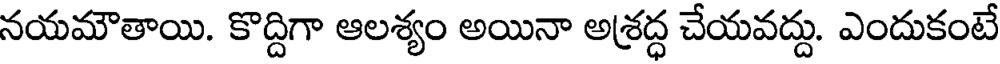
నయమౌతాయి. కొద్దిగా ఆలశ్యం అయినా అశ్రద్ధ చేయవద్దు. ఎందుకంటే